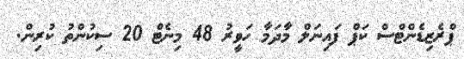
ޕްރެޒިޑެންޓްސް ކަޕް ފައިނަލް މާދަމާ ހަވީރު 48 މިނެޓް 20 ސިކުންތު ކުރިން.